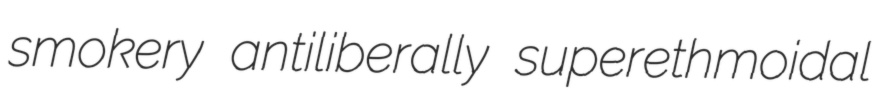
smokery antiliberally superethmoidal